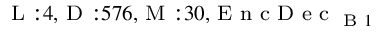
_ { \textrm { L } : 4 , \textrm { D } : 5 7 6 , \textrm { M } : 3 0 , \textrm { E n c D e c } _ { \textrm { B } 1 } }